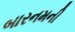
બારનમની